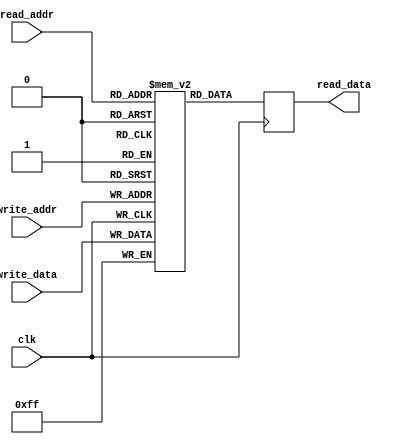
module dual_port_register_file #(
    parameter DATA_WIDTH = 8,  // Width of data stored in registers
    parameter ADDR_WIDTH = 4,  // Address width for selecting registers
    parameter NUM_REGISTERS = 16  // Number of registers in the file
)(
    input wire clk,  // Clock signal
    input wire [ADDR_WIDTH-1:0] read_addr,  // Read address for retrieving data
    output wire [DATA_WIDTH-1:0] read_data,  // Data output from read port
    input wire [ADDR_WIDTH-1:0] write_addr,  // Write address for storing new data
    input wire [DATA_WIDTH-1:0] write_data  // Data input to be written
);

reg [DATA_WIDTH-1:0] registers [NUM_REGISTERS-1:0];  // Array of registers

// Read port
always @(posedge clk) begin
    read_data <= registers[read_addr];
end

// Write port
always @(posedge clk) begin
    registers[write_addr] <= write_data;
end

endmodule